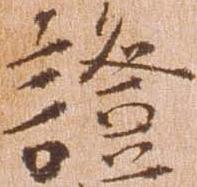
証